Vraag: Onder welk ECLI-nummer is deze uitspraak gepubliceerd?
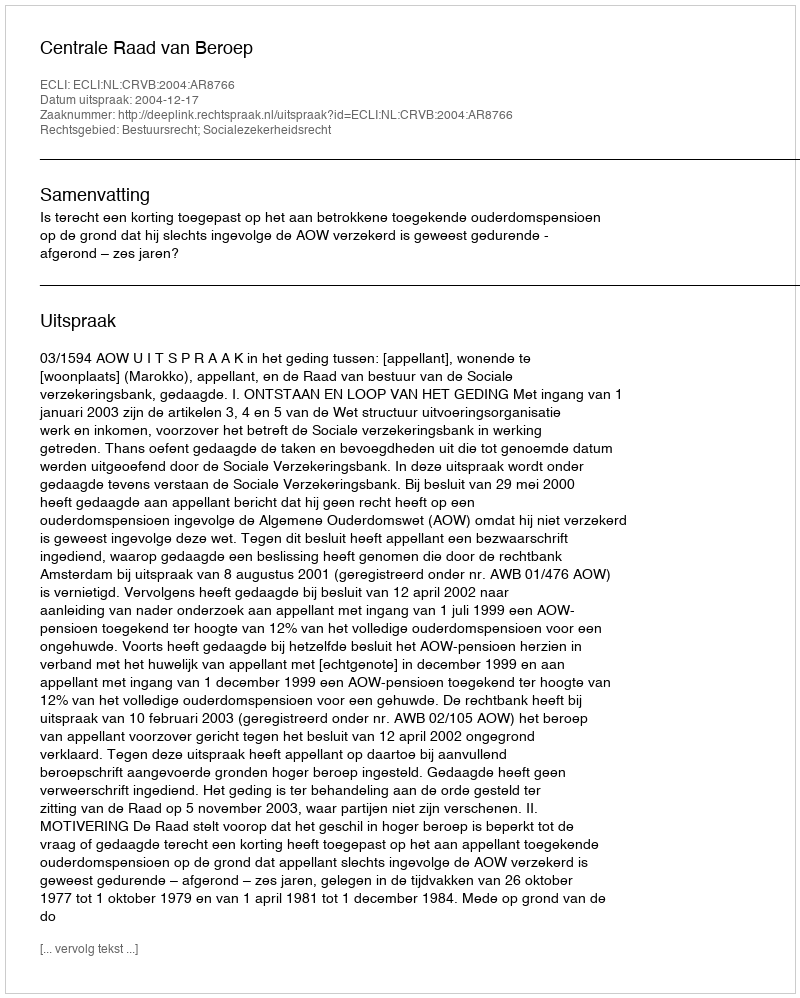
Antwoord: ECLI:NL:CRVB:2004:AR8766